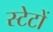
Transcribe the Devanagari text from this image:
स्टेटों